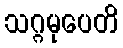
သဂ္ဂမုပေတိ